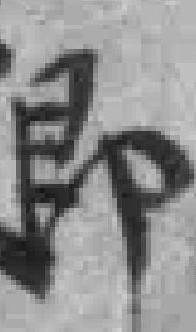
即